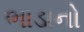
ભાડાનો